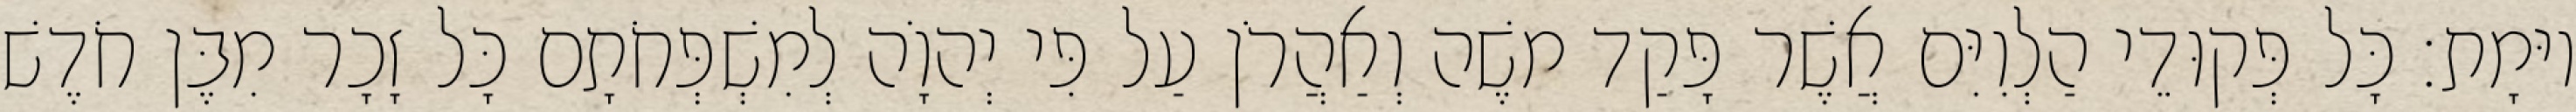
יוּמָת׃ כָּל פְּקוּדֵי הַלְוִיִּם אֲשֶׁר פָּקַד משֶׁה וְאַהֲרֹן עַל פִּי יְהוָֹה לְמִשְׁפְּחֹתָם כָּל זָכָר מִבֶּן חֹדֶשׁ